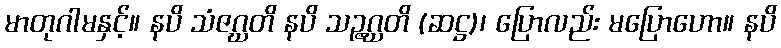
မာတုဂါမနှင့်။ နပိ သံဇဂ္ဃတိ နပိ သဉ္ဇဂ္ဃတိ (ဆဋ္ဌ)၊ ပြောလည်း မပြောဟော။ နပိ